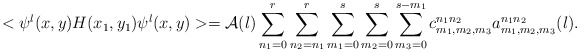
\begin{align*}<\psi^{l}(x,y)H(x_{1},y_{1})\psi^{l}(x,y)>= {\cal A}(l)\sum_{n_{1}=0}^{r}\sum_{n_{2}=n_{1}}^{r}\sum_{m_{1}=0}^{s}\sum_{m_{2}=0}^{s}\sum_{m_{3}=0}^{s-m_{1}}c^{n_{1}n_{2}}_{m_{1},m_{2},m_{3}} a^{n_{1}n_{2}}_{m_{1},m_{2},m_{3}}(l).\end{align*}